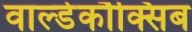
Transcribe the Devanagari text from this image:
वाल्डेकौक्सिब